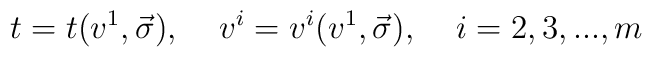
t=t(v^1,\vec \sigma ),\;\;\;\;v^i=v^i(v^1,\vec \sigma),\;\;\;\;i=2,3,...,m